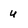
Character: u